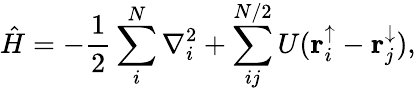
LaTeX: \hat{H}=-\frac{1}{2}\sum_{i}^{N}\nabla_{i}^{2}+\sum_{ij}^{N/2}U(\mathbf{r}_{i}^{\uparrow}-\mathbf{r}_{j}^{\downarrow}),